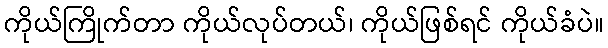
ကိုယ်ကြိုက်တာ ကိုယ်လုပ်တယ်၊ ကိုယ်ဖြစ်ရင် ကိုယ်ခံပဲ။